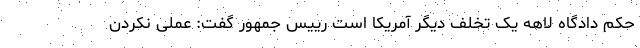
حکم دادگاه لاهه یک تخلف دیگر آمریکا است رییس جمهور گفت: عملی نکردن